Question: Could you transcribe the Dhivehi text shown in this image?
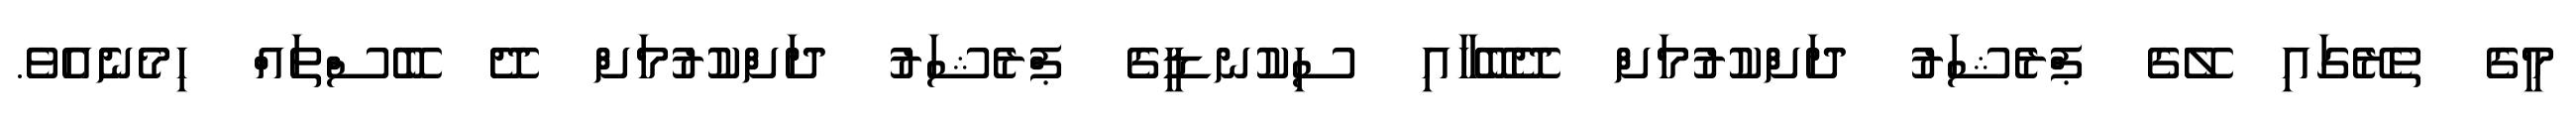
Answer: މީގެ ތެރޭގައި ލޭގެ ޕްރެޝަރު ދަށްކުރުމަށް ދޭބޭހާއި ސިކުނޑީގެ ޕްރެޝަރު ދަށްކުރުމަށް ދޭ ބޭސްތައް ހިމެނެއެވެ.